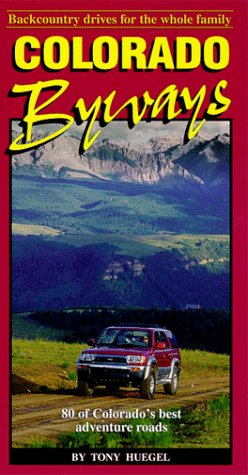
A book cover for Colorado Byways: Backcountry drives for the whole family (Backcountry Byways); Tony Huegel; Travel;